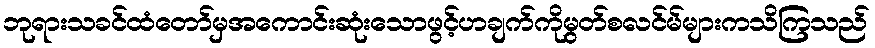
ဘုရားသခင်ထံတော်မှအကောင်းဆုံးသောဖွင့်ဟချက်ကိုမွတ်စလင်မ်များကသိကြသည်